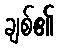
ချစ်၏